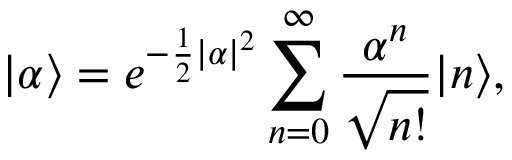
| \alpha \rangle = e ^ { - \frac 1 2 | \alpha | ^ { 2 } } \sum _ { n = 0 } ^ { \infty } \frac { \alpha ^ { n } } { \sqrt { n ! } } | n \rangle ,